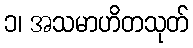
၁၊ အသမာဟိတသုတ်